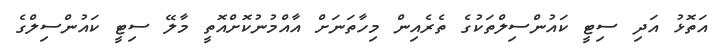
އަތޮޅު އަދި ސިޓީ ކައުންސިލްތަކުގެ ތެރެއިން މިހާތަނަށް އާއްމުނުކޮށްއޮތީ މާލޭ ސިޓީ ކައުންސިލްގެ